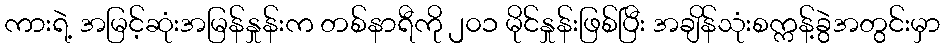
ကားရဲ့ အမြင့်ဆုံးအမြန်နှုန်းက တစ်နာရီကို ၂၀၁ မိုင်နှုန်းဖြစ်ပြီး အချိန်သုံးစက္ကန့်ခွဲအတွင်းမှာ